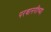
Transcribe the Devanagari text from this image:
परवानगीच्या